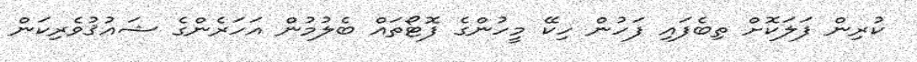
ކުރިން ފަލަކޮށް ތިބެފައި ފަހުން ހިކޭ މީހުންގެ ފޮޓޯތައް ބެލުމުން އަހަރެންގެ ޝައުޤުވެރިކަން